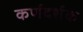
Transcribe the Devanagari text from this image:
कर्णदर्शक